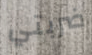
ضربتي